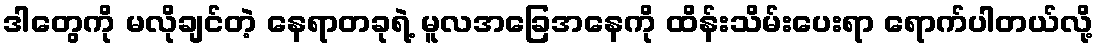
ဒါတွေကို မလိုချင်တဲ့ နေရာတခုရဲ့ မူလအခြေအနေကို ထိန်းသိမ်းပေးရာ ရောက်ပါတယ်လို့